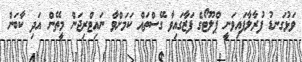
ވަޅުގަނޑު ފުރާލާފައިވަނީ ޕްލޫޓޯގެ ފަޒާގައިވާ ގޭސްތައް ކަމަށްވާ ނައިޓްރިޖަން މީތޭން އަދި ކާބަން